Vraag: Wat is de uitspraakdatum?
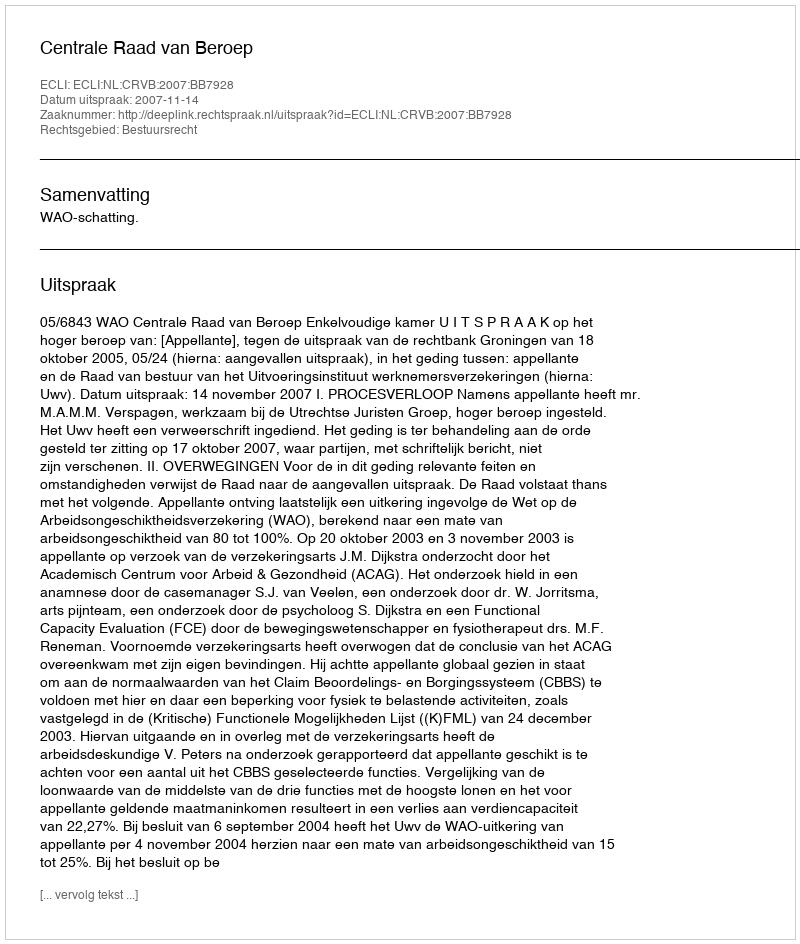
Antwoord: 2007-11-14